Indian journal of veterinary science and animal husbandry - Volume 7,
Year: 1937
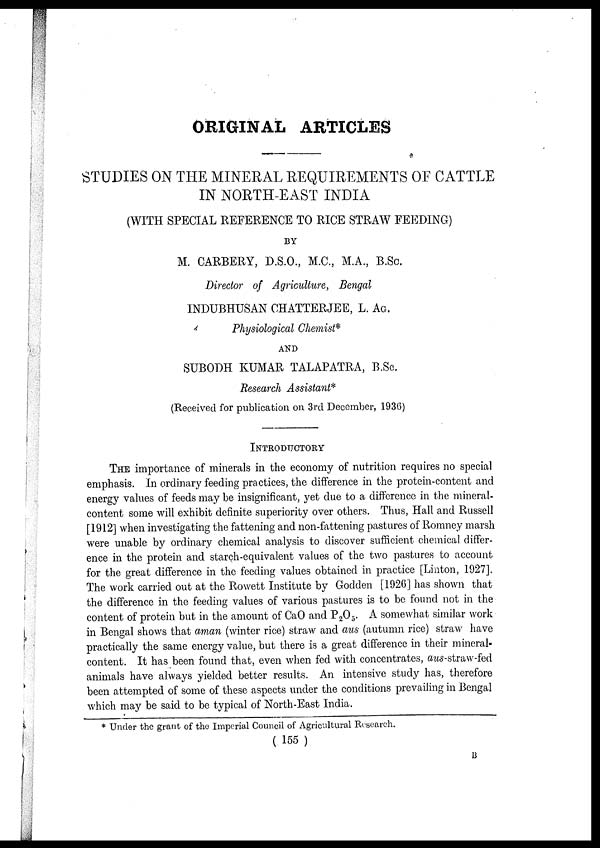
ORIGINAL ARTICLES
STUDIES ON THE MINERAL REQUIREMENTS OF CATTLE
IN NORTH-EAST INDIA
(WITH SPECIAL REFERENCE TO RICE STRAW FEEDING)
BY
M. CARBERY, D.S.O., M.C., M.A., B.Sc.
Director of Agriculture, Bengal
INDUBHUSAN CHATTERJEE, L. AG.
Physiological Chemist*
AND
SUBODH KUMAR TALAPATRA, B.Sc.
Research Assistant*
(Received for publication on 3rd December, 1936)
INTRODUCTORY
THE importance of minerals in the economy of nutrition requires no special
emphasis. In ordinary feeding practices, the difference in the protein-content and
energy values of feeds may be insignificant, yet due to a difference in the mineral-
content some will exhibit definite superiority over others. Thus, Hall and Russell
[1912] when investigating the fattening and non-fattening pastures of Romney marsh
were unable by ordinary chemical analysis to discover sufficient chemical differ-
ence in the protein and starch-equivalent values of the two pastures to account
for the great difference in the feeding values obtained in practice [Linton, 1927].
The work carried out at the Rowett Institute by Godden [1926] has shown that
the difference in the feeding values of various pastures is to be found not in the
content of protein but in the amount of CaO and P 2 O 5 . A somewhat similar work
in Bengal shows that aman (winter rice) straw and aus (autumn rice) straw have
practically the same energy value, but there is a great difference in their mineral-
content. It has been found that, even when fed with concentrates, aus-straw-fed
animals have always yielded better results. An intensive study has, therefore
been attempted of some of these aspects under the conditions prevailing in Bengal
which may be said to be typical of North-East India.
* Under the grant of the Imperial Council of Agricultural Research.
(155)
B